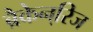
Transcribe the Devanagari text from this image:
ब्रैकेन्‌रिज